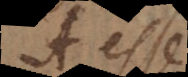
A esse